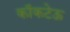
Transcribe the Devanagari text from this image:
कॉकटेऊ